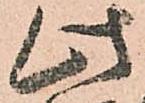
此